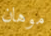
موهان